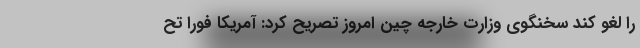
را لغو کند سخنگوی وزارت خارجه چین امروز تصریح کرد: آمریکا فورا تح